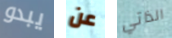
يبدو عن الذاتي